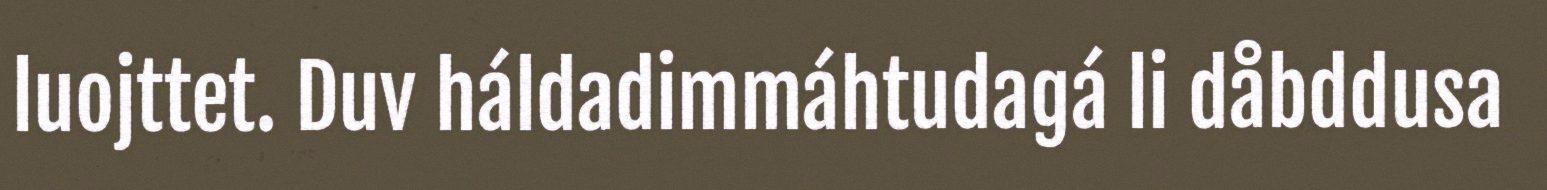
luojttet. Duv háldadimmáhtudagá li dåbddusa